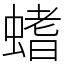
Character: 螧